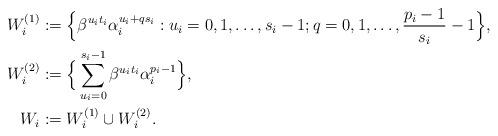
LaTeX: \begin{align*}\begin{aligned}W_i^{(1)} & := \Big\{\beta^{u_i t_i} \alpha_i^{u_i + q s_i}:u_i=0,1,\dots,s_i-1; q=0,1,\dots,\frac{p_i-1}{s_i}-1 \Big\}, \\W_i^{(2)} & := \Big\{\sum_{u_i=0}^{s_i-1} \beta^{u_i t_i} \alpha_i^{p_i-1} \Big\}, \\W_i & := W_i^{(1)} \cup W_i^{(2)}.\end{aligned}\end{align*}